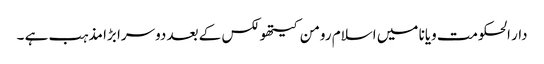
دار الحکومت ویانا میں اسلام رومن کیتھولکس کے بعد دوسرا بڑا مذہب ہے ۔